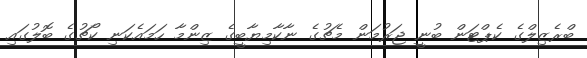
ބްރެޒިލްގެ ކެޕްޓަން ބުނީ ޖަރުމަން މެޗުގެ ނާކާމިޔާބީގެ ޒިންމާ ހަމައެކަނި ކޯޗުގެ ބޮލުގައި